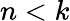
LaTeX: n<k